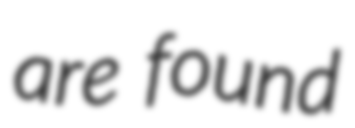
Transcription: are found